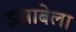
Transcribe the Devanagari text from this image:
इझाबेला